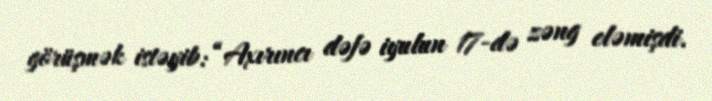
görüşmək istəyib: “Axırıncı dəfə iyulun 17-də zəng eləmişdi.